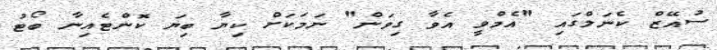
ސުއޭޒް ކެނަލްގައި "އެމްވީ އެވާ ގިވަން" ނަމަކަށް ކިޔާ ބިޔަ ކޮންޓެއިނާ ބޯޓު